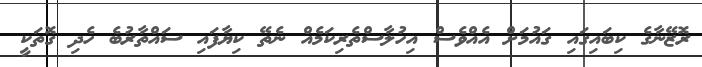
ރޮޒޭނާގެ ކިބައިގައި ގައުމަށް އެއްވެސް އިހުލާސްތެރިކަމެއް ނެތޭ ކިޔާފައި ސައްތާރުބެ ހެދި ގޮތަކީ